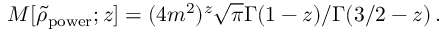
M [ \tilde { \rho } _ { \mathrm { p o w e r } } ; z ] = ( 4 m ^ { 2 } ) ^ { z } \sqrt { \pi } \Gamma ( 1 - z ) / \Gamma ( 3 / 2 - z ) \, .